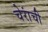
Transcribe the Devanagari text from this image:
चेरांची